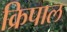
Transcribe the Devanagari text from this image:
क्रिपाल